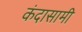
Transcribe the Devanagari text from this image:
कंदासामी